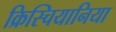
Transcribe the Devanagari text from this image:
क्रिस्चियानिया